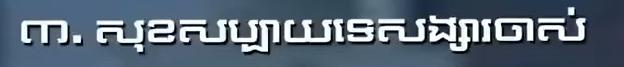
៣. សុខសប្បាយទេសង្សារចាស់